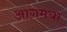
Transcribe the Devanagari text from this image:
आगमया